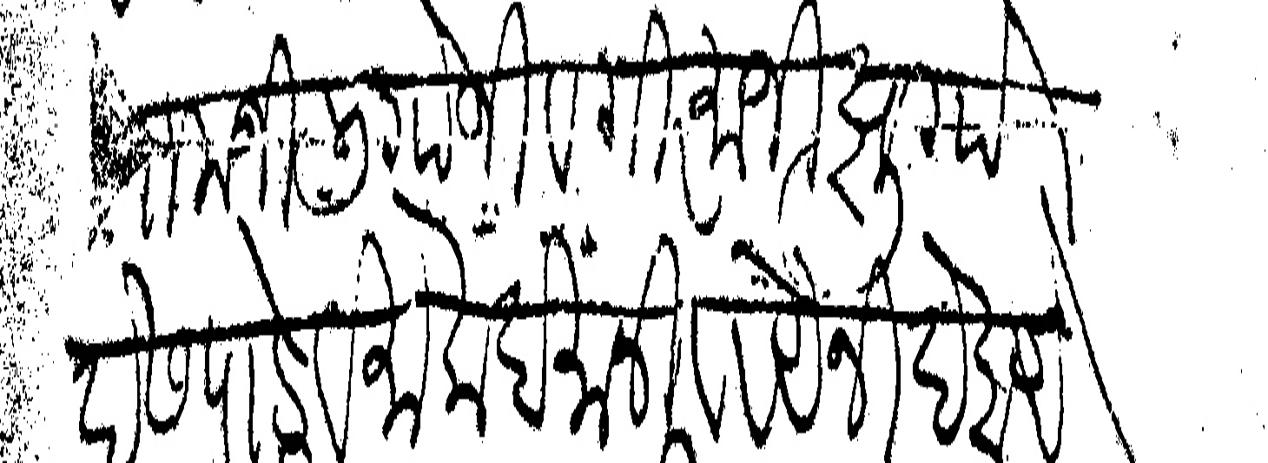
Transliteration (Devanagari): रामजी लिंगोजी व गिरमाजी झुंगो देसपांडे व मोकदमानी व रयेनी देहाये